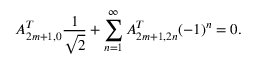
A _ { 2 m + 1 , 0 } ^ { T } { \frac { 1 } { \sqrt 2 } } + \sum _ { n = 1 } ^ { \infty } A _ { 2 m + 1 , 2 n } ^ { T } ( - 1 ) ^ { n } = 0 .